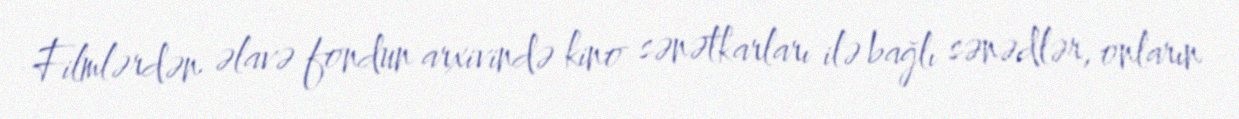
Filmlərdən əlavə fondun arxivində kino sənətkarları ilə bağlı sənədlər, onların